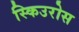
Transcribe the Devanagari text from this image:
स्किउरोस